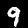
Label: 9